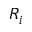
R _ { i }